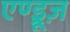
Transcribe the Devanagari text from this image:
एण्ड्रूज़